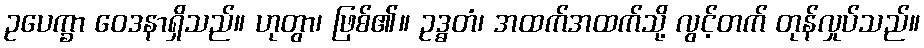
ဥပေက္ခာ ဝေဒနာရှိသည်။ ဟုတွာ၊ ဖြစ်၏။ ဥဒ္ဓတံ၊ အထက်အထက်သို့ လွင့်တက် တုန်လှုပ်သည်။